Trukikaitis_Postimees, lk 52
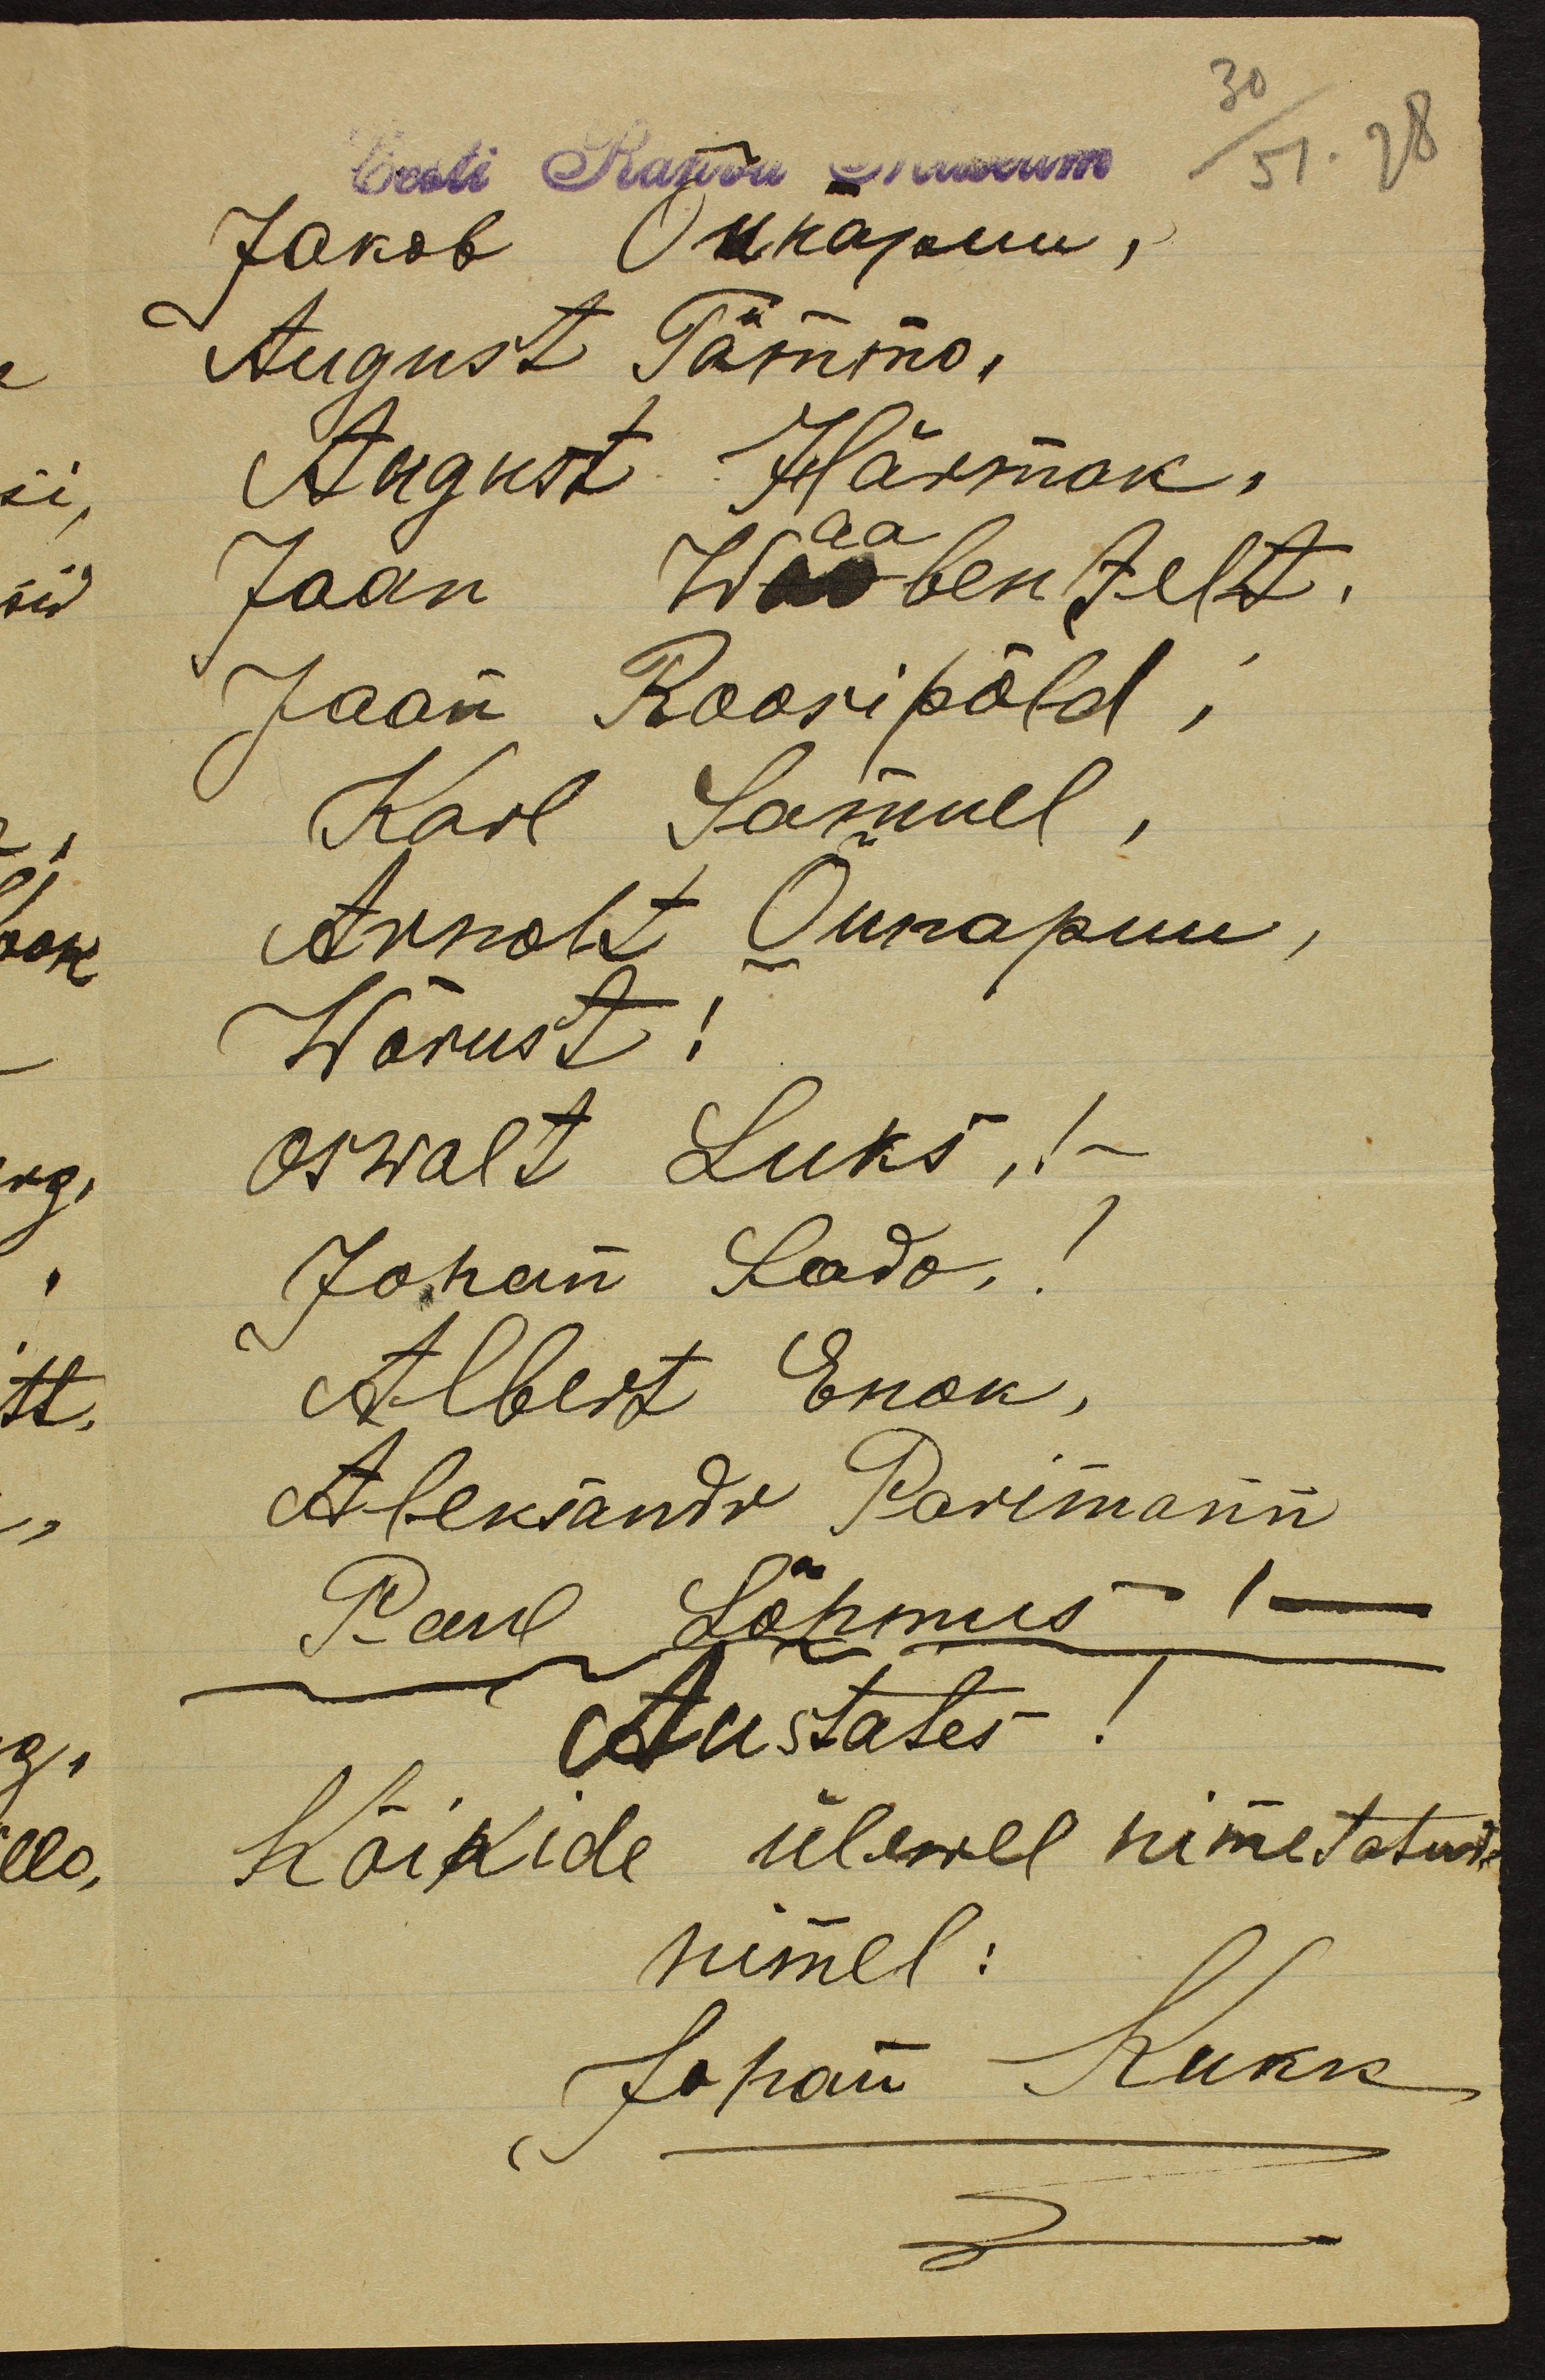
30
Eesti Rahva Museum 51. 28
Jakob Õunapuu,
August Tammo,
August Härmak.
aa
Jaan Waabenfelt.
Jaan Roosipõld,
Karl Samuel,
Arnolt Õunapuu
Wõrust!
Oswalt Luks,!
Johan Lado,!
Albert Enok,
Aleksandr Parimann
Paul Lõhmus
Austates
Kõikide ülewel nimetatude
nimel:
Johan Kukk